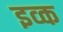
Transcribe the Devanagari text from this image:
इव्क